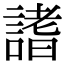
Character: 𧪡